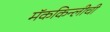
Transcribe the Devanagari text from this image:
मॅककिन्लीची